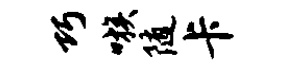
巧嗾随卡